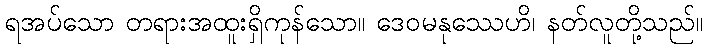
ရအပ်သော တရားအထူးရှိကုန်သော။ ဒေဝမနုဿေဟိ၊ နတ်လူတို့သည်။